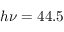
h \nu = 4 4 . 5